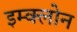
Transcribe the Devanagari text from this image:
इम्‍क्‍लोन